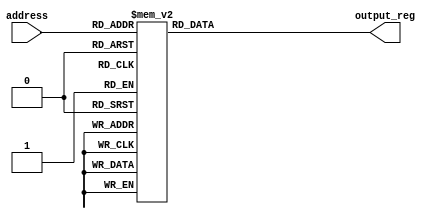
module seq4
(
    address,
    output_reg
);
input [3:0] address;
output reg [3:0] output_reg;

always @(address) begin
    case (address)
        4'b0000: output_reg = 4'b0001;
        4'b0001: output_reg = 4'b1000;
        4'b0010: output_reg = 4'b0100;
        4'b0011: output_reg = 4'b1000;
        4'b0100: output_reg = 4'b0001;
        4'b0101: output_reg = 4'b0010;
        4'b0110: output_reg = 4'b0100;
        4'b0111: output_reg = 4'b1000;
        4'b1000: output_reg = 4'b0001;
        4'b1001: output_reg = 4'b0010;
        4'b1010: output_reg = 4'b1000;
        4'b1011: output_reg = 4'b0010;
        4'b1100: output_reg = 4'b0001;
        4'b1101: output_reg = 4'b1000;
        4'b1110: output_reg = 4'b0100;
        4'b1111: output_reg = 4'b0010;
        default: output_reg = 4'b0000;  // Default case to handle unexpected values
    endcase
end

endmodule